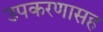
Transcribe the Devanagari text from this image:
उपकरणासह